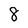
Character: 8